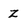
Character: z